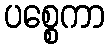
ပစ္စေကာ